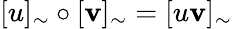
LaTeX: [u]_{\sim}\circ[\mathbf{v}]_{\sim}=[u\mathbf{v}]_{\sim}